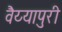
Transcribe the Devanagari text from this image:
वैय्यापुरी